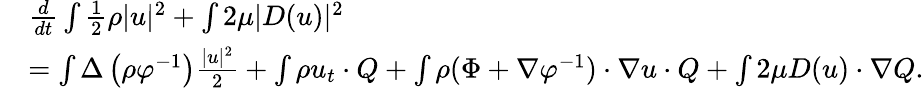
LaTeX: \begin{array}{rl}&{\frac{d}{dt}\int\frac{1}{2}\rho|u|^{2}+\int 2\mu|D(u)|^{2}}\\ &{=\int\Delta\left({\rho}{\varphi}^{-1}\right)\frac{|u|^{2}}{2}+\int\rho u_{t}\cdot Q+\int\rho(\Phi+\nabla\varphi^{-1})\cdot\nabla u\cdot Q+\int 2\mu D(u)\cdot\nabla Q.}\end{array}